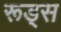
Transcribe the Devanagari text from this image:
रूड्स